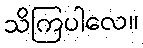
သိကြပါလေ။